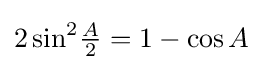
2\sin ^{2}\!{\tfrac {A}{2}}=1-\cos A